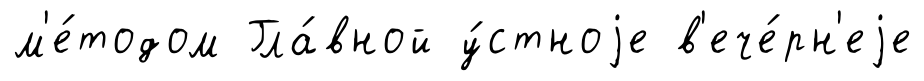
м'е́тодом Гла́вной у́стноjе в'ече́рн'еjе